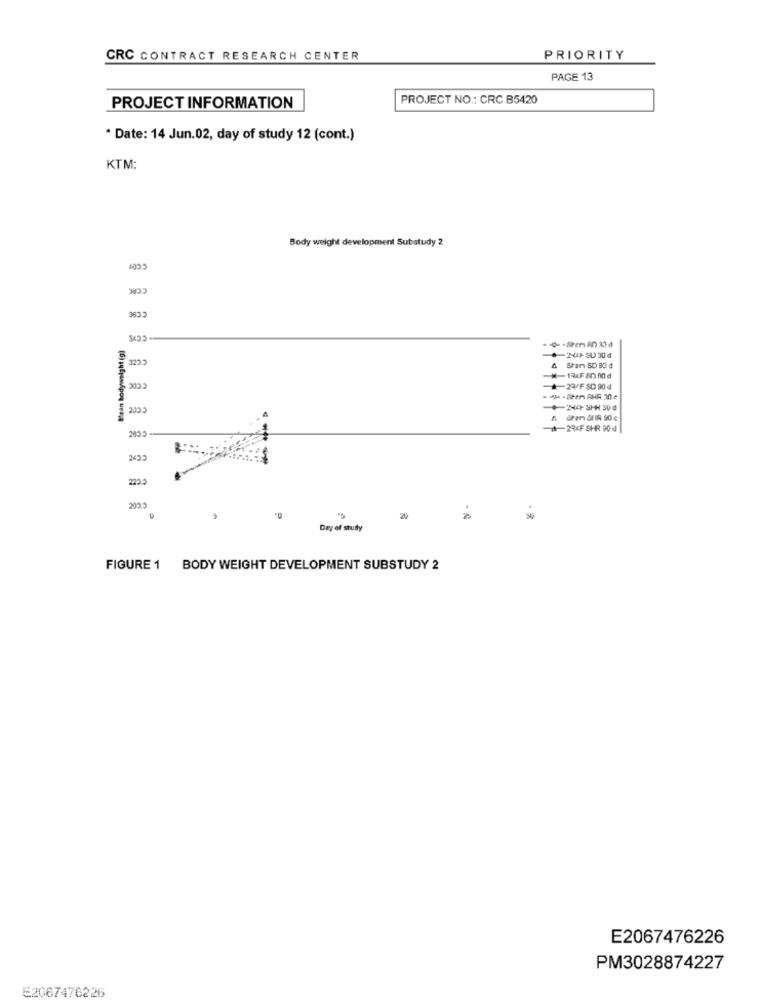
CRC CONTRACT RESEARCH CENTER
PRIORITY
PAGE 13
PROJECT NO .: CRC B5420
PROJECT INFORMATION
* Date: 14 Jun.02, day of study 12 (cont.)
KTM:
Body weight development Substudy 2
Bean bodyweight (g)
3233
Sham SD 80 d
CCOC
-23/F SD 90 d
200 5
2RIF SHR 904
2055
20
Day of study
FIGURE 1 BODY WEIGHT DEVELOPMENT SUBSTUDY 2
E2067476226
PM3028874227
E2067476226